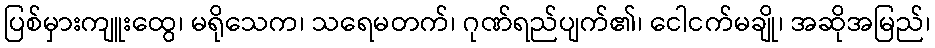
ပြစ်မှားကျူးထွေ၊ မရိုသေက၊ သရေမတက်၊ ဂုဏ်ရည်ပျက်၏၊ ငေါငက်မချို၊ အဆိုအမြည်၊